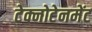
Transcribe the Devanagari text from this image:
टेक्नोटेनमेंट